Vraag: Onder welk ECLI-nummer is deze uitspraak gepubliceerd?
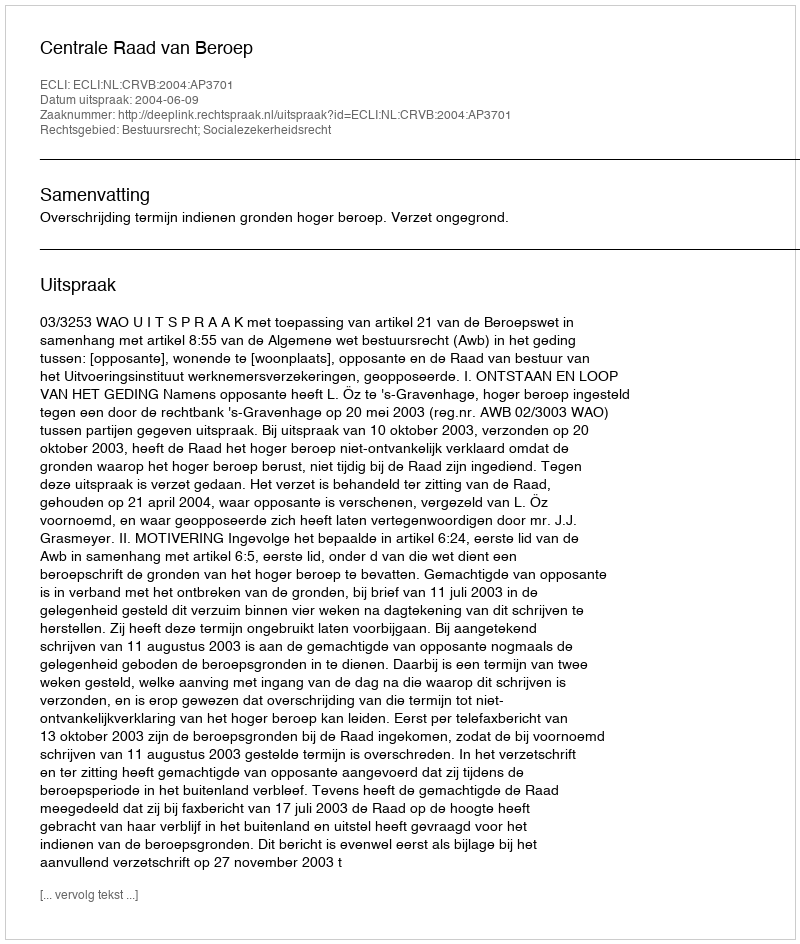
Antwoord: ECLI:NL:CRVB:2004:AP3701